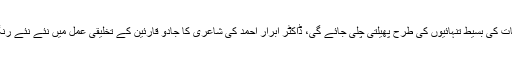
مجھے محسوس ہوتا ہے کہ جوں جوں اردو ادب کی وسعت، کائنات کی بسیط تنہائیوں کی طرح پھیلتی چلی جائے گی، ڈاکٹر ابرار احمد کی شاعری کا جادو قارئین کے تخلیقی عمل میں نئے نئے رنگ، نئے نئے زاوئیے اور نئے نئے گلزار پیدا کرتا چلا جائے گا۔